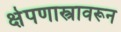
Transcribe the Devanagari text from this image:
क्षेपणास्त्रावरून